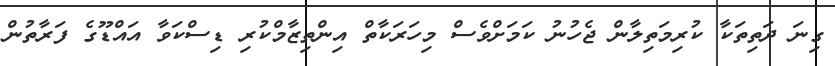
ގިނަ ދަތިތަކާ ކުރިމަތިލާން ޖެހުނު ކަމަށްވެސް މިހަރަކާތް އިންތިޒާމްކުރި ޑިސްކަވާ އައްޑޫގެ ފަރާތުން